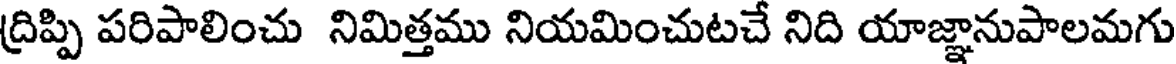
ద్రిప్పి పరిపాలించు నిమిత్తము నియమించుటచే నిది యాజ్ఞానుపాలమగు